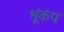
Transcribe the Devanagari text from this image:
भूंकंप